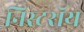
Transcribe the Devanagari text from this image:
निस्टरॉय